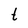
Character: t